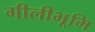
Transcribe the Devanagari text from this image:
गीलीभूमि